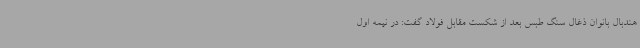
هندبال بانوان ذغال سنگ طبس بعد از شکست مقابل فولاد گفت: در نیمه اول